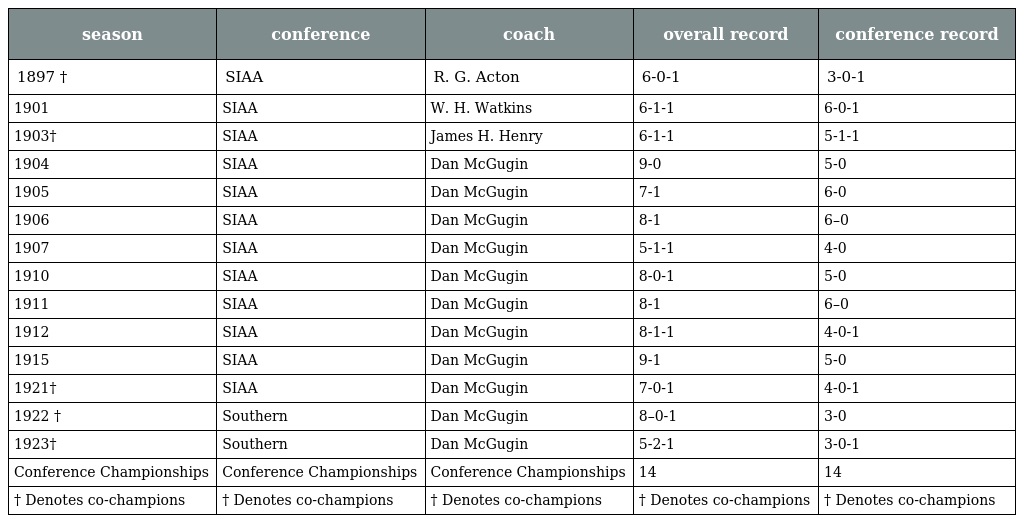
| season | conference | coach | overall record | conference record |
 | --- | --- | --- | --- | --- |
 | 1897 † | SIAA | R. G. Acton | 6-0-1 | 3-0-1 |
 | 1901 | SIAA | W. H. Watkins | 6-1-1 | 6-0-1 |
 | 1903† | SIAA | James H. Henry | 6-1-1 | 5-1-1 |
 | 1904 | SIAA | Dan McGugin | 9-0 | 5-0 |
 | 1905 | SIAA | Dan McGugin | 7-1 | 6-0 |
 | 1906 | SIAA | Dan McGugin | 8-1 | 6–0 |
 | 1907 | SIAA | Dan McGugin | 5-1-1 | 4-0 |
 | 1910 | SIAA | Dan McGugin | 8-0-1 | 5-0 |
 | 1911 | SIAA | Dan McGugin | 8-1 | 6–0 |
 | 1912 | SIAA | Dan McGugin | 8-1-1 | 4-0-1 |
 | 1915 | SIAA | Dan McGugin | 9-1 | 5-0 |
 | 1921† | SIAA | Dan McGugin | 7-0-1 | 4-0-1 |
 | 1922 † | Southern | Dan McGugin | 8–0-1 | 3-0 |
 | 1923† | Southern | Dan McGugin | 5-2-1 | 3-0-1 |
 | Conference Championships | Conference Championships | Conference Championships | 14 | 14 |
 | † Denotes co-champions | † Denotes co-champions | † Denotes co-champions | † Denotes co-champions | † Denotes co-champions |